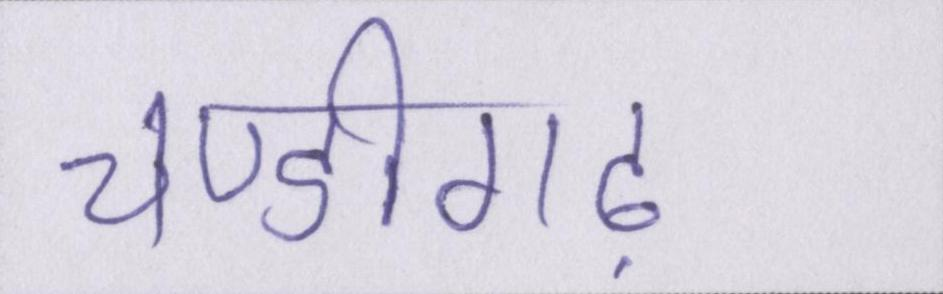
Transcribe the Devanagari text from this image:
चण्डीगढ़